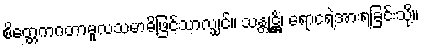
စိတ္တေကဂတာမူလသမာဓိဖြင့်သာလျှင်။ သန္တုဋ္ဌိံ၊ ရောငရဲ့အားရခြင်းသို့။